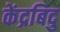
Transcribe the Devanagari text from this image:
केंद्रबिदु